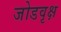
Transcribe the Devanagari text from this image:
जोडवृक्ष